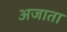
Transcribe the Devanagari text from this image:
अजाता